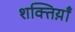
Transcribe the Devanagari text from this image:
शक्तिय़ाँ